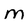
Character: M